Report on malaria in the Punjab during the year ...  together with an account of the work of the Punjab Malaria Bureau - Volume 4
Disease focus: Malaria
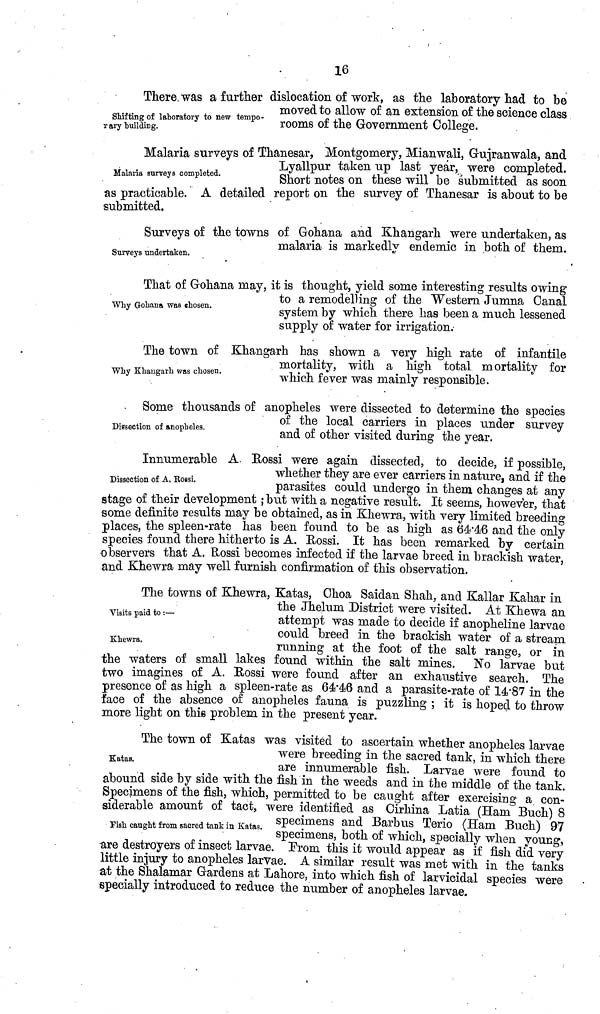
16
Shifting of laboratory to new tempo -
rary building.
There, was a further dislocation of work, as the laboratory had to be
moved to allow of an extension of the science class
rooms of the Government College.
Malaria surveys completed.
Malaria surveys of Thanesar, Montgomery, Mianwali, Gujranwala, and
Lyallpur taken up last year, were completed.
Short notes on these will be submitted as soon
as practicable. A detailed report on the survey of Thanesar is about to be
submitted.
Surveys undertaken.
Surveys of the towns of Gohana and Khangarh were undertaken, as
malaria is markedly endemic in both of them.
Why Gohana Was chosen.
That of Gohana may, it is thought, yield some interesting results owing
to a remodelling of the "Western Jumna Canal
system by which there has been a much lessened
supply of water for irrigation.
Why Khangarh was chosen.
The town of Khangarh has shown a very high rate of infantile
mortality, with a high total mortality for
which fever was mainly responsible.
Dissection of anopheles.
Some thousands of anopheles were dissected to determine the species
of the local carriers in places under survey
and of other visited during the year.
Dissection of A. Rossi.
Innumerable A. Rossi were again dissected, to decide, if possible
whether they are ever carriers in nature, and if the
parasites could undergo in them changes at any
stage of their development ; but with a negative result. It seems, however, that
some definite results may be obtained, as in Khewra, with very limited breeding
places, the spleen-rate has been found to be as high as 64.46 and the only
species found there hitherto is A. Rossi. It has been remarked by certain
observers that A. Rossi becomes infected if the larvae breed in brackish water
and Khewra may well furnish confirmation of this observation.
'
Visits paid to :—
Khewra.
The towns of Khewra, Katas, Choa Saidan Shah, and Kallar Kahar in
the Jhelum District were visited. At Khewa an
attempt was made to decide if anopheline larvae
could breed in the brackish water of a stream
running at the foot of the salt range, or in
the waters of small lakes found within the salt mines. No larvae but
two imagines of A. Eossi were found after an exhaustive search The
presence of as high a spleen-rate as 64.46 and a parasite-rate of 14.87 in the
face of the absence of anopheles fauna is puzzling ; it is hoped to throw
more light on this problem m the present year.
Katas.
The town of Katas was visited to ascertain whether anopheles larvae
were breeding in the sacred tank, in which there
are innumerable fish. Larvae were found to
abound side by side with the fish m the weeds and in the middle of the tank
Specimens of the fish, which, permitted to be caught after exercising a con-
siderable amount of tact, were identified as Cirhina Latia (Ham Buch) 8
Fish caught from sacred tank in Katas.
specimens and Barbus Terio (Ham Buch) 97
specimens, both of which, specially when young,
are destroyers of insect larvae. From this it would appear as if fish did very
little injury to anopheles larvae. A similar result was met with in the tanks
at the Shalamar Gardens at Lahore, into which fish of larvicidal species were
specially introduced to reduce the number of anopheles larvae.